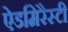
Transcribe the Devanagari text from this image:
ऐडमिरैस्टी